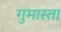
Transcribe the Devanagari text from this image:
गुमास्ता